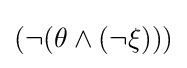
(\neg (\theta \land (\neg \xi )))